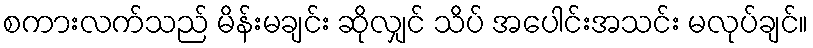
စကားလက်သည် မိန်းမချင်း ဆိုလျှင် သိပ် အပေါင်းအသင်း မလုပ်ချင်။